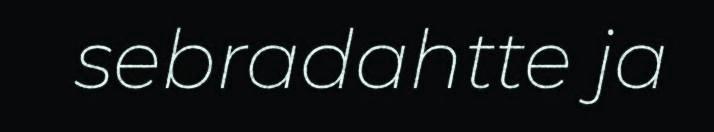
sebradahtte ja